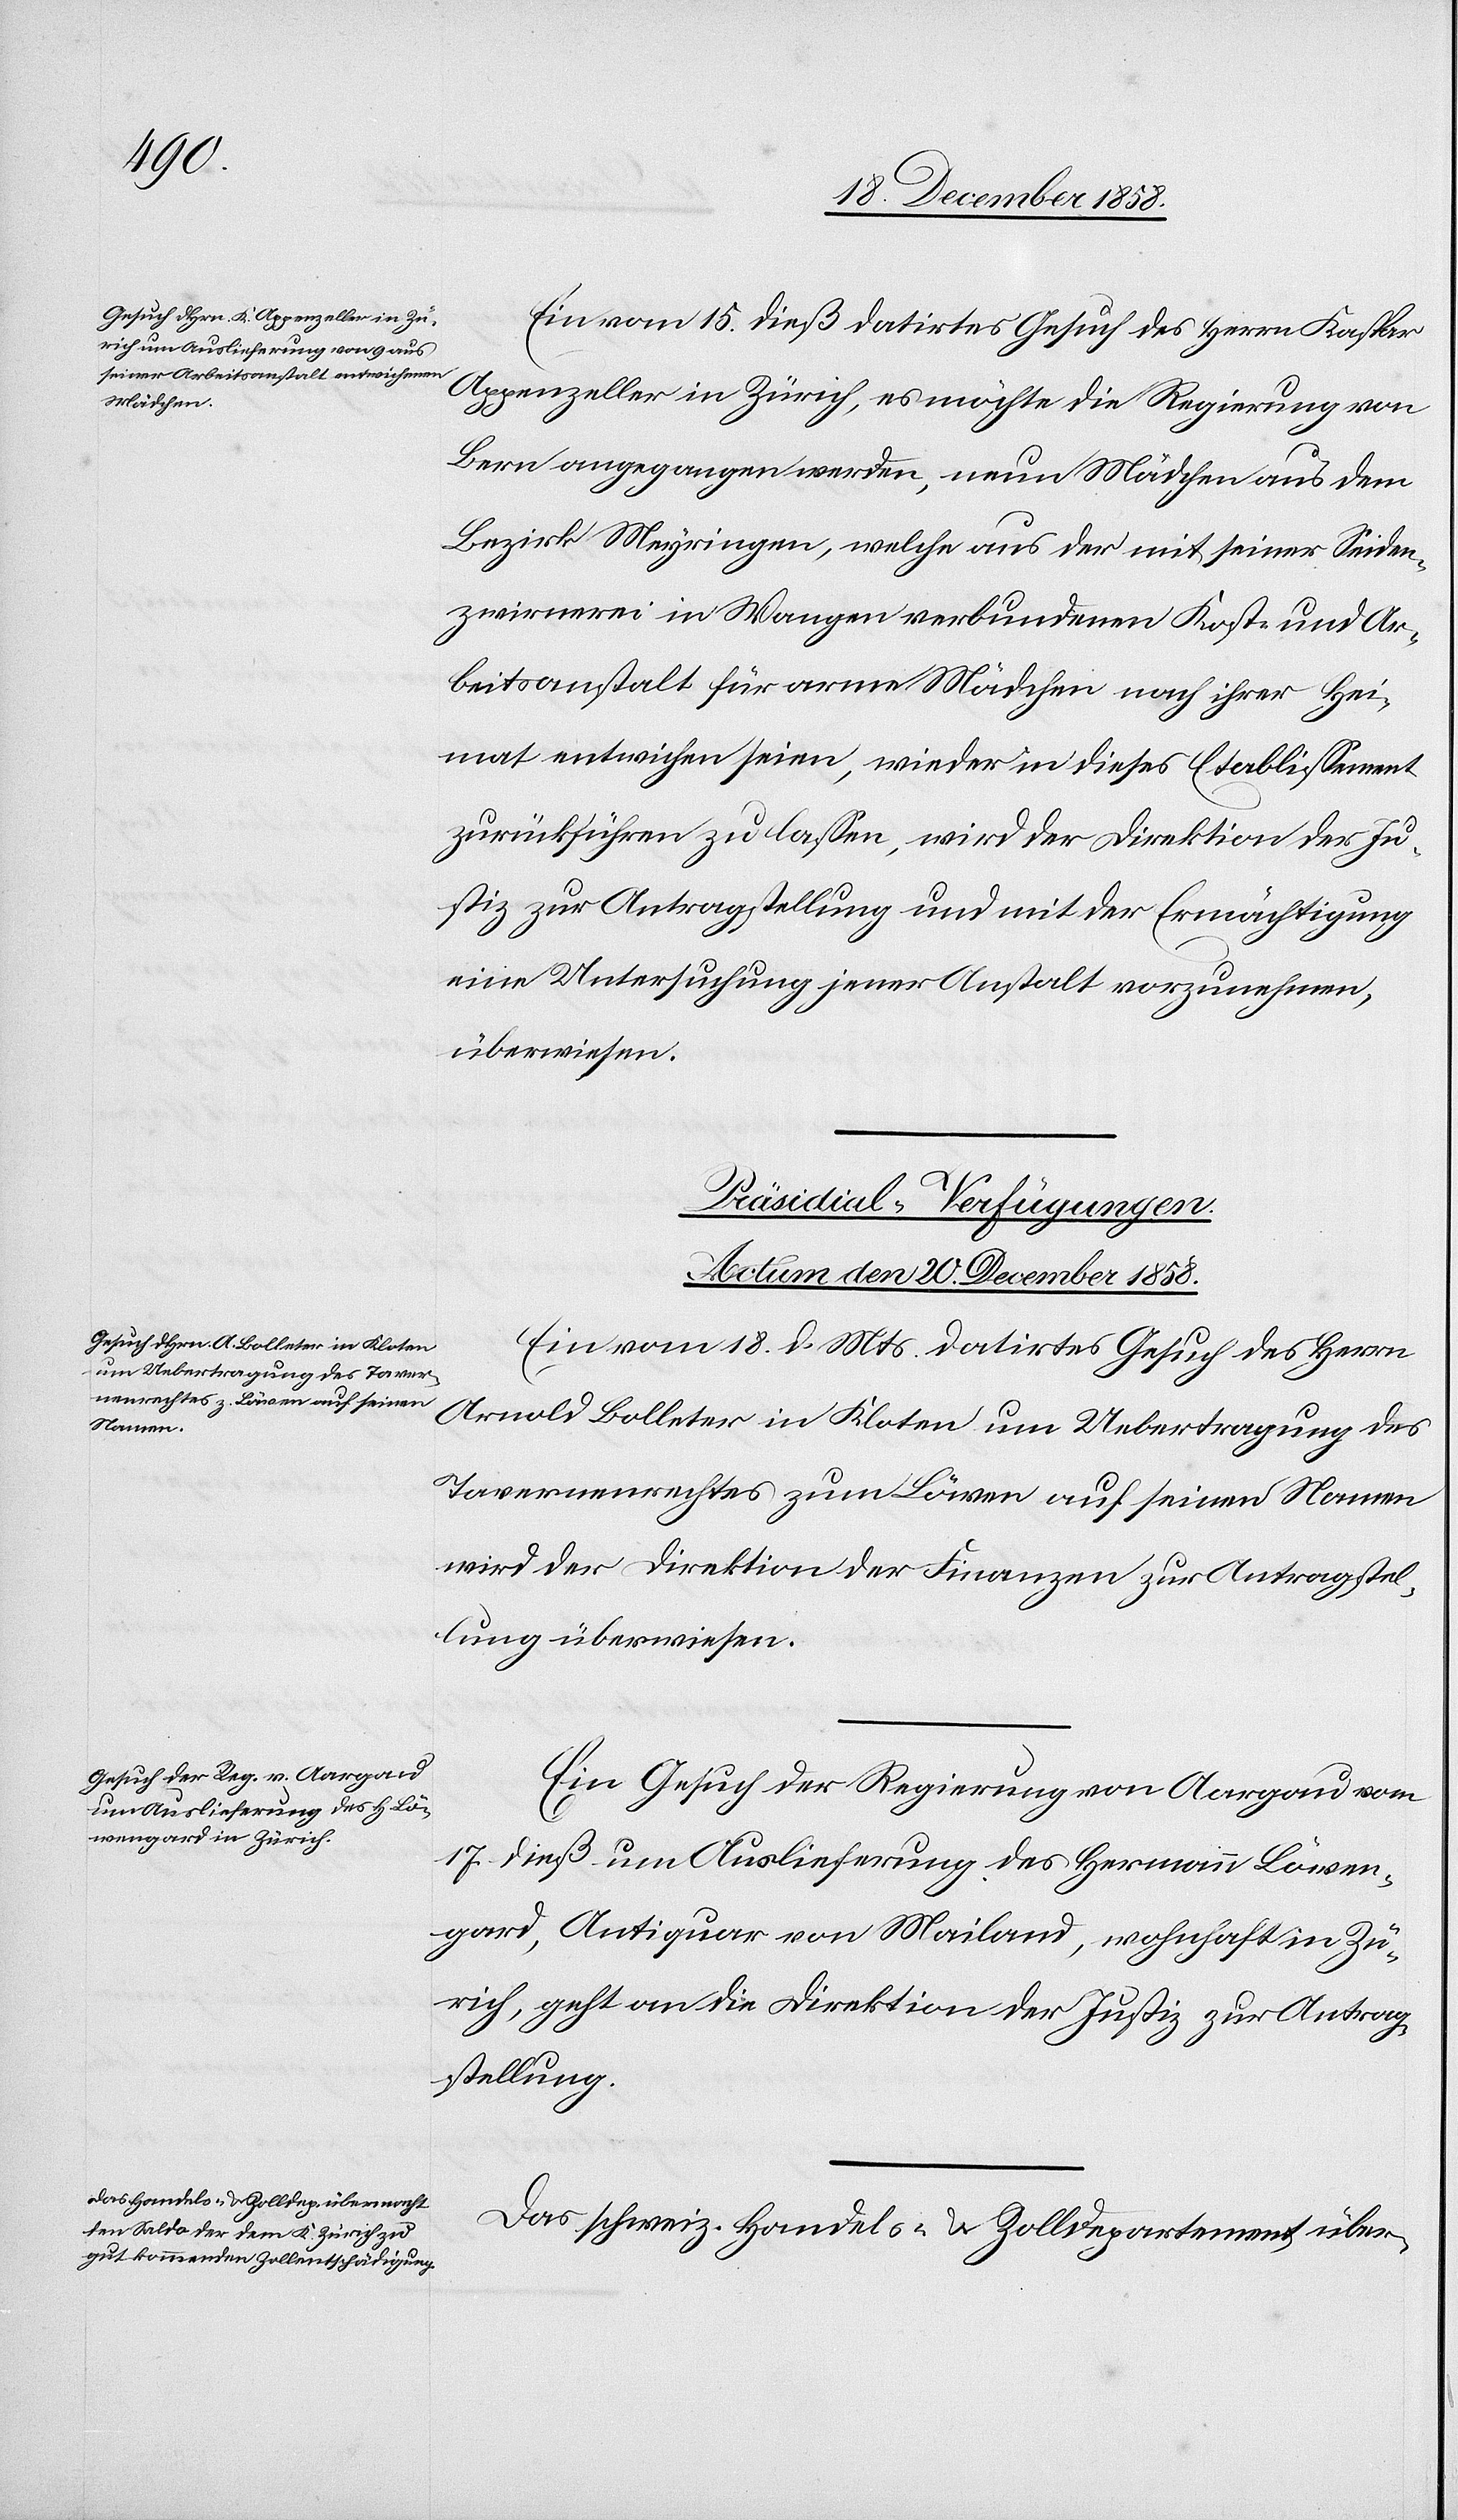
Ein vom 15. dieß datirtes Gesuch des Herrn Kaspar
Appenzeller in Zürich, es möchte die Regierung von
Bern angegangen werden, neun Mädchen aus dem
Bezirk Meyringen, welche aus der mit seiner Seiden¬
zwirnerei in Wangen verbundenen Kost- und Ar¬
beitsanstalt für arme Mädchen nach ihrer Hei¬
mat entwichen seien, wieder in dieses Etablissement
zurückführen zu lassen, wird der Direktion der Ju¬
stiz zur Antragstellung und mit der Ermächtigung
eine Untersuchung jener Anstalt vorzunehmen,
überwiesen.
[Präsidial-Verfügungen.
Actum den 20. December 1858.]
Ein vom 18. d. Mts. datirtes Gesuch des Herrn
Arnold Bolleter in Kloten um Uebertragung des
Tavernenrechtes zum Löwen auf seinen Namen
wird der Direktion der Finanzen zur Antragstel¬
lung überwiesen.
Ein Gesuch der Regierung von Aargau vom
17. dieß um Auslieferung des Hermann Löwen¬
gard, Antiquar von Mailand, wohnhaft in Zü¬
rich, geht an die Direktion der Justiz zur Antrag¬
stellung.
Das schweiz. Handels- & Zolldepartement über-